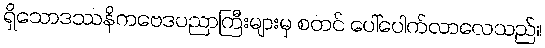
ရှိသောဒဿနိကဗေဒပညာကြီးများမှ စတင် ပေါ်ပေါက်လာလေသည်။